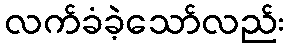
လက်ခံခဲ့သော်လည်း